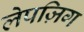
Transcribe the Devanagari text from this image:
लेपज़िग